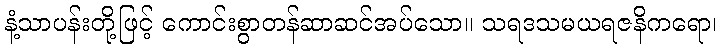
နံ့သာပန်းတို့ဖြင့် ကောင်းစွာတန်ဆာဆင်အပ်သော။ သရဒသမယရဇနိကရော၊